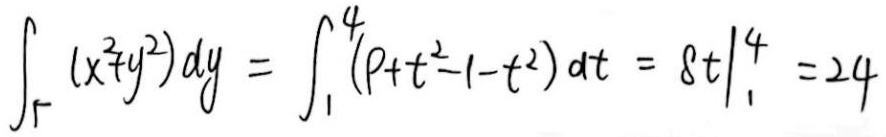
\[
\int_{\Gamma}(x^{2}+y^{2})dy=\int_{1}^{4}(1 + t^{2}-1 - t^{2})dt=8t\big|_{1}^{4}=24
\]